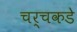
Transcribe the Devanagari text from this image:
चर्चकडे